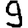
Digit: 9